65_HS1-834228961_62-HQ-83894_Serial_130
Agency: FBI
Page 59
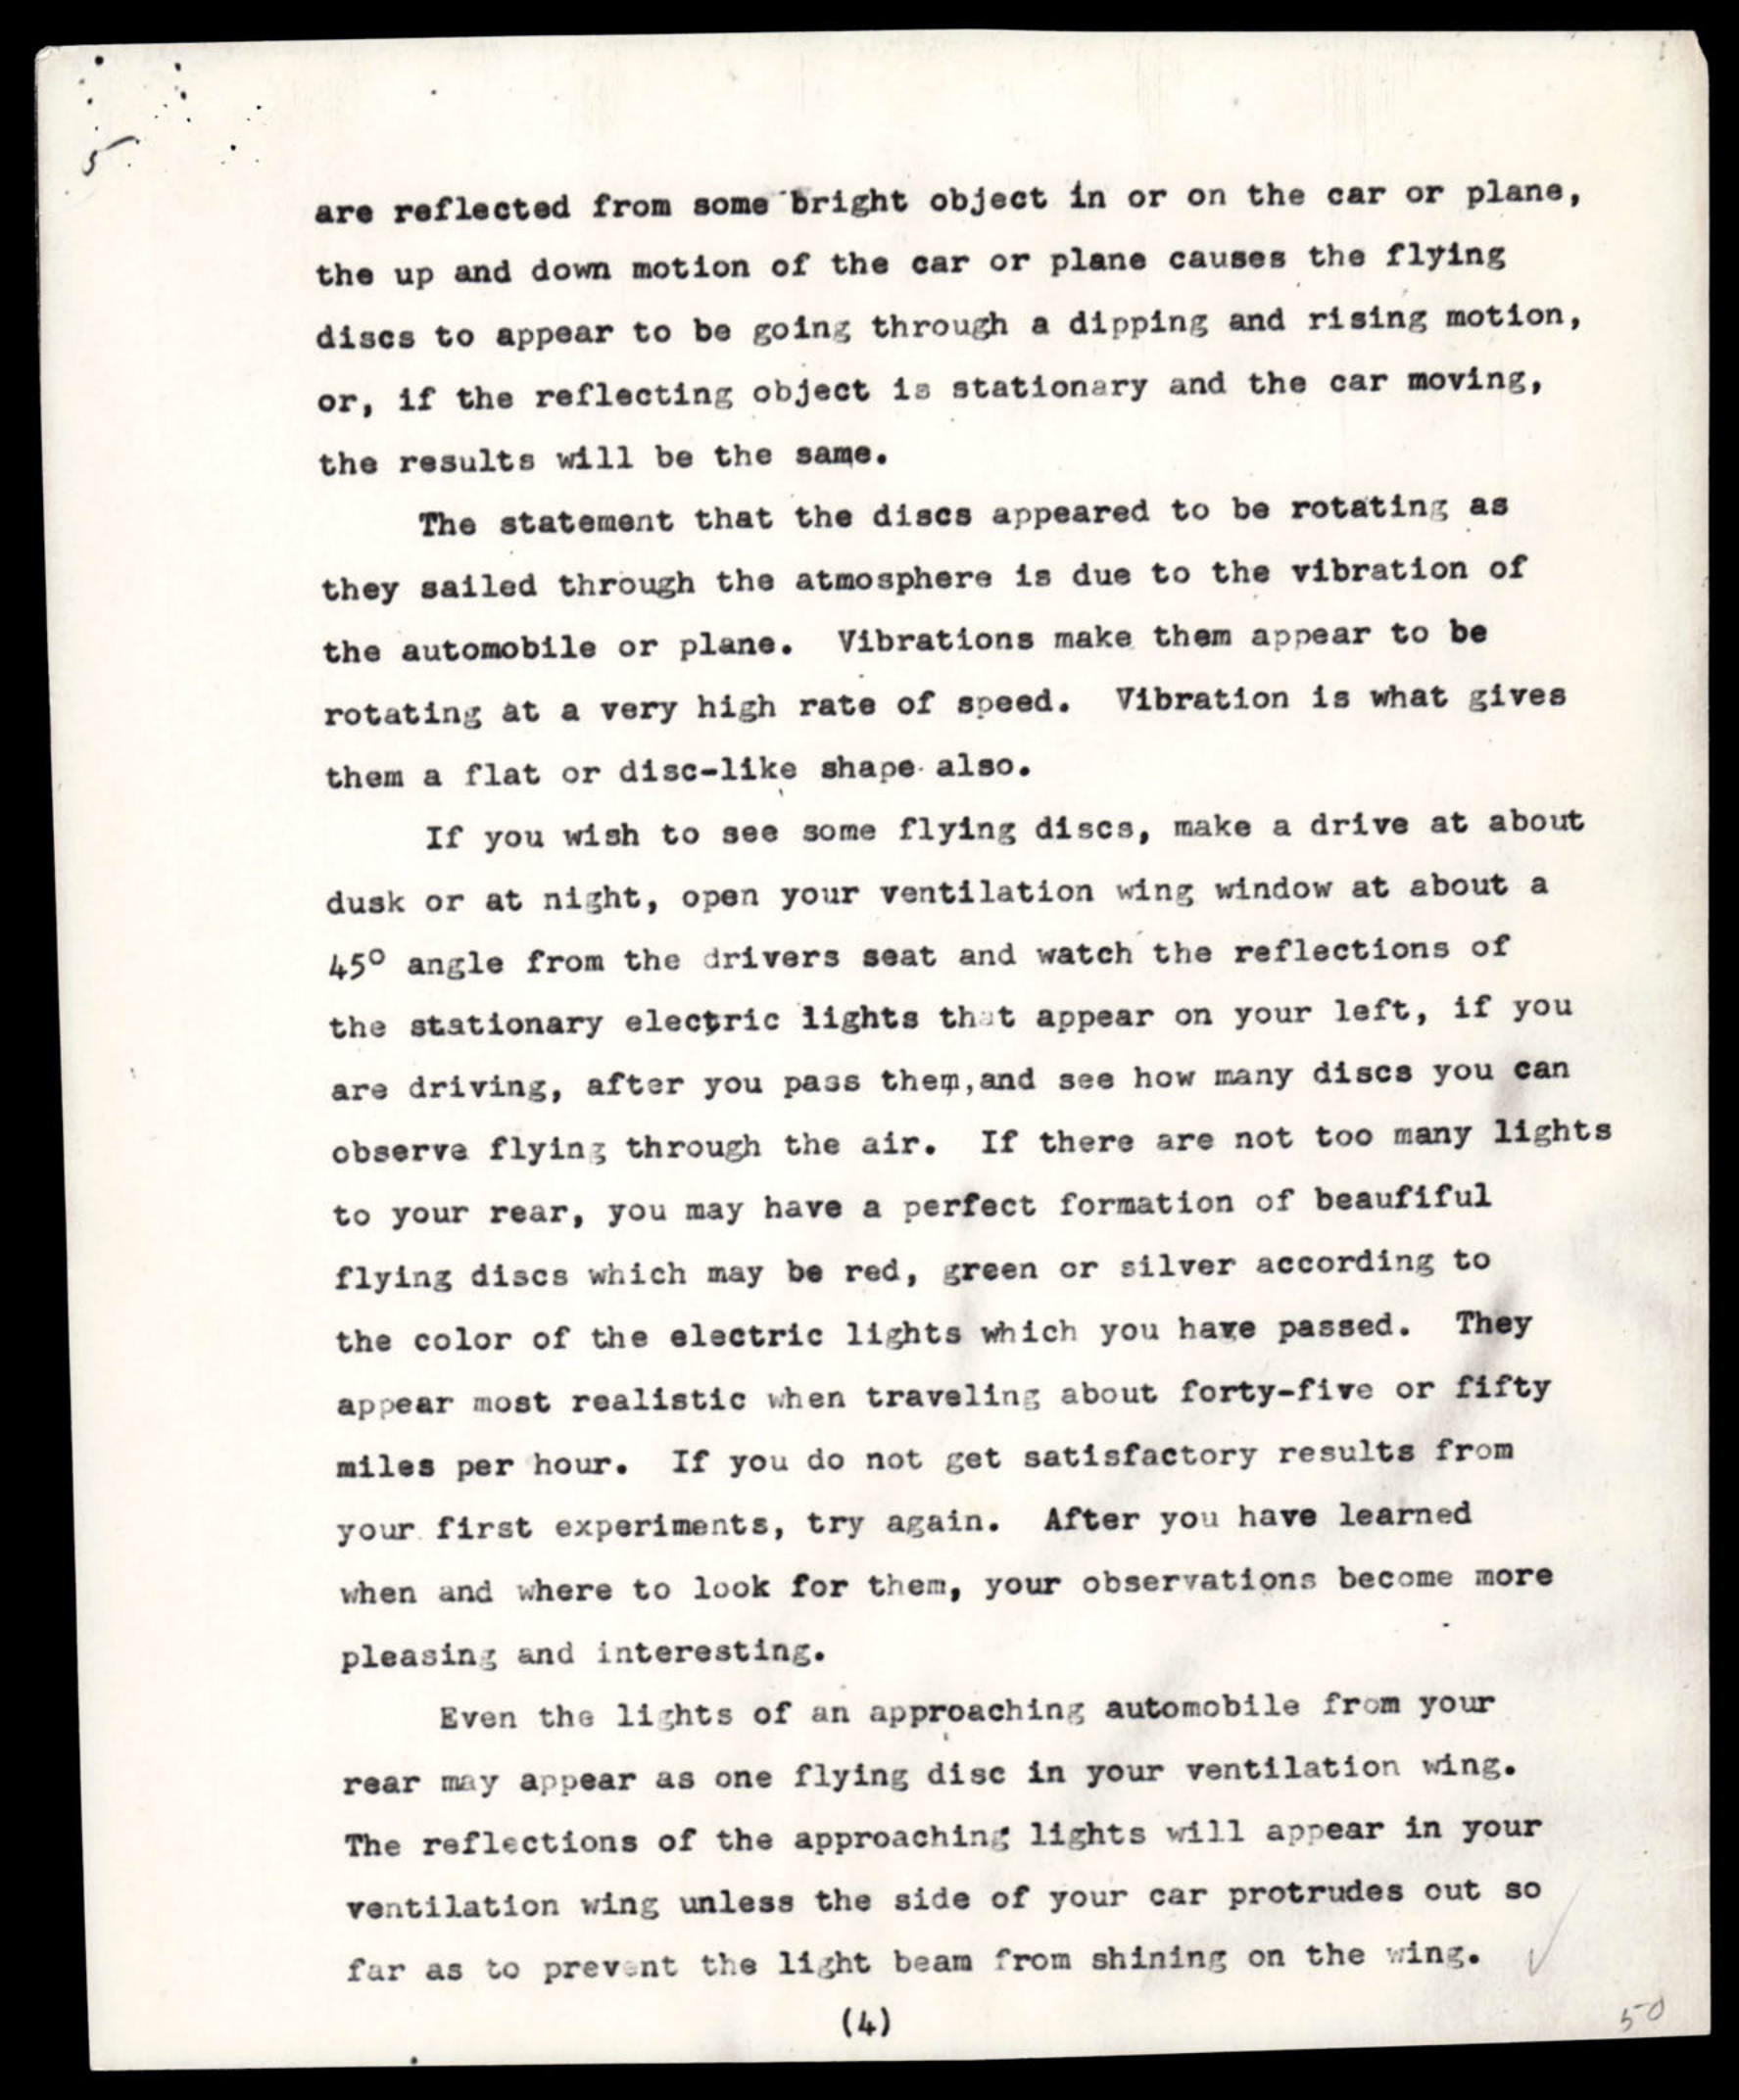